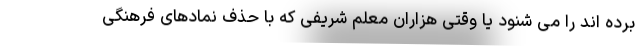
برده اند را می شنود یا وقتی هزاران معلم شریفی که با حذف نمادهای فرهنگی